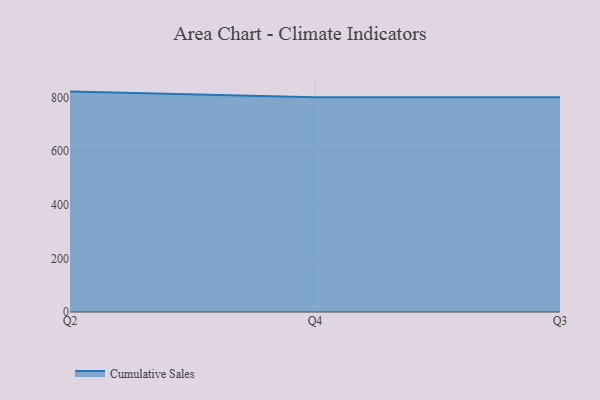
{"axis": {"x": "Quarter", "y": "Waste Production (Tons)"}, "legend": ["Cumulative Sales"], "data": [{"x": "Q2", "y": 821.5, "type": "Cumulative Sales"}, {"x": "Q4", "y": 800, "type": "Cumulative Sales"}, {"x": "Q3", "y": 800, "type": "Cumulative Sales"}]}